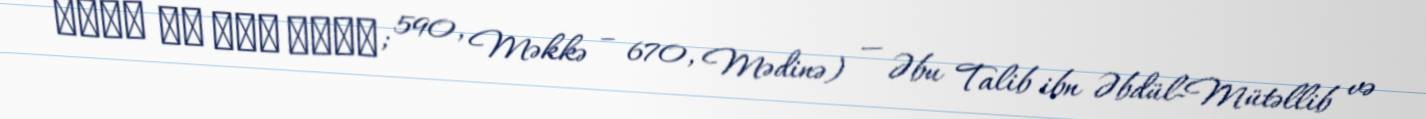
عقيل بن أبي طالب; 590, Məkkə – 670, Mədinə) — Əbu Talib ibn Əbdül-Mütəllib və